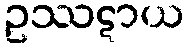
ဥဿဋာယ